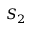
S _ { 2 }